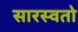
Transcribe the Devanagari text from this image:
सारस्वतो